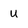
Character: U